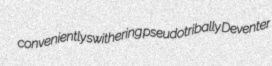
conveniently swithering pseudotribally Deventer